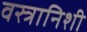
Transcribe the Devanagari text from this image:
वस्त्रानिशी